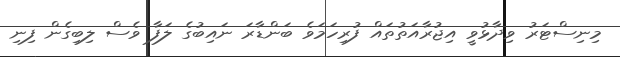
މިނިސްޓަރު ވިދާޅުވީ އިޖުރާއަތުތައް ފުރިހަމަވެ ބަންޑާރަ ނައިބުގެ ލަފާ ވެސް ލިބިގެން ފިނި